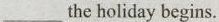
___the holiday begins.